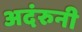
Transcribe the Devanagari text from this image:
अदंरुनी